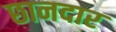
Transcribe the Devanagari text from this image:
छानदार